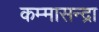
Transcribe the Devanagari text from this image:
कम्मासन्द्रा